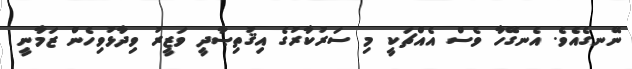
ނޭނގެއެވެ. އެނގޭހާ ވެސް އެއްޗަކީ މި ސަރުކާރުގެ އިޤުތިޞާދީ ވަޒީރު ވިދާޅުވިހެން ޒަމާނީ